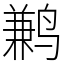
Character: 鹣